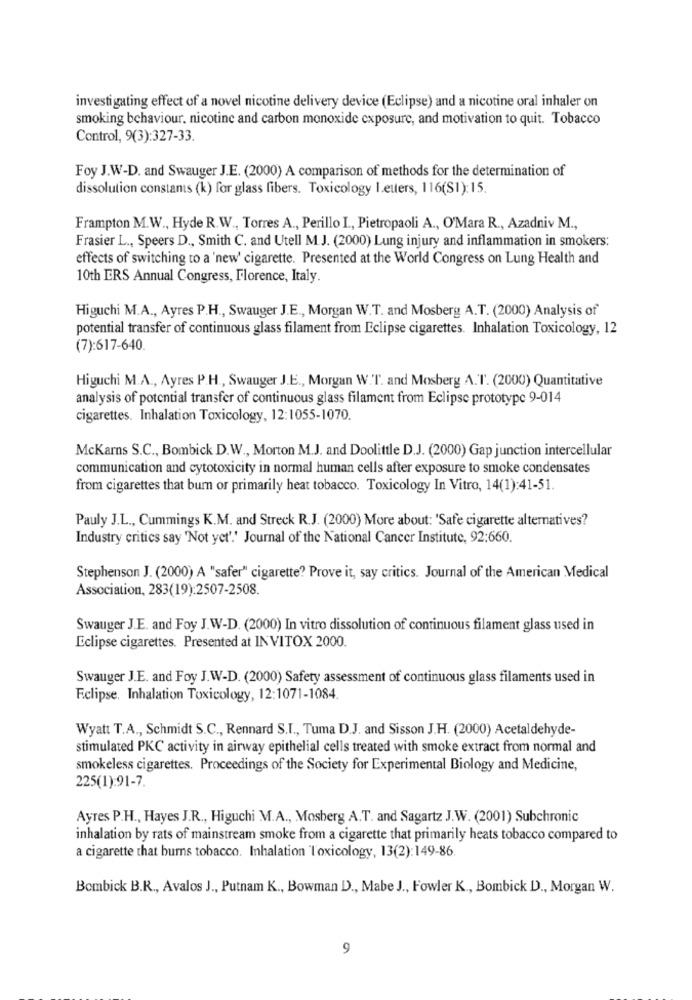
investigating effect of a novel nicotine delivery device (Eclipse) and a nicotine oral inhaler on
smoking behaviour, nicotine and carbon monoxide exposure, and motivation to quit. Tobacco
Control, 9(3):327-33.
Foy J.W-D. and Swauger J.E. (2000) A comparison of methods for the determination of
dissolution constants (k) for glass fibers. Toxicology Letters, 116(S1):15.
Frampton M.W ., Hyde R.W ., Torres A ., Perillo L ., Pietropaoli A ., O'Mara R ., Azadniv M .,
Frasier L ., Speers D ., Smith C. and Utell M.J. (2000) Lung injury and inflammation in smokers:
effects of switching to a 'new' cigarette. Presented at the World Congress on Lung Health and
10th ERS Annual Congress, Florence, Italy.
Higuchi M.A ., Ayres P.H ., Swauger J.E ., Morgan W.T. and Mosberg A.T. (2000) Analysis of
potential transfer of continuous glass filament from Eclipse cigarettes. Inhalation Toxicology, 12
(7):617-640.
Higuchi M.A ., Ayres P.H ., Swauger J.E ., Morgan W.T. and Mosberg A.T. (2000) Quantitative
analysis of potential transfer of continuous glass filament from Eclipse prototype 9-014
cigarettes. Inhalation Toxicology, 12:1055-1070.
McKarns S.C ., Bombick D.W ., Morton M.J. and Doolittle D.J. (2000) Gap junction intercellular
communication and cytotoxicity in normal human cells after exposure to smoke condensates
from cigarettes that burn or primarily heat tobacco. Toxicology In Vitro, 14(1):41-51.
Pauly J.L ., Cummings K.M. and Streck R.J. (2000) More about: 'Safe cigarette alternatives?
Industry critics say 'Not yet'.' Journal of the National Cancer Institute, 92:660.
Stephenson J. (2000) A "safer" cigarette? Prove it, say critics. Journal of the American Medical
Association, 283(19):2507-2508.
Swauger J.E. and Foy J.W-D. (2000) In vitro dissolution of continuous filament glass used in
Eclipse cigarettes. Presented at INVITOX 2000.
Swauger J.E. and Foy J.W-D. (2000) Safety assessment of continuous glass filaments used in
Eclipse. Inhalation Toxicology, 12:1071-1084.
Wyatt T.A ., Schmidt S.C ., Rennard S.I ., Tuma D.J. and Sisson J.H. (2000) Acetaldehyde-
stimulated PKC activity in airway epithelial cells treated with smoke extract from normal and
smokeless cigarettes. Proceedings of the Society for Experimental Biology and Medicine,
225(1):91-7.
Ayres P.H ., Hayes J.R ., Higuchi M.A ., Mosberg A.T. and Sagartz J.W. (2001) Subchronic
inhalation by rats of mainstream smoke from a cigarette that primarily heats tobacco compared to
a cigarette that bums tobacco. Inhalation Toxicology, 13(2):149-86.
Bombick B.R ., Avalos J ., Putnam K ., Bowman D ., Mabe J ., Fowler K ., Bombick D ., Morgan W.
9